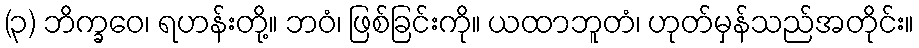
(၃) ဘိက္ခဝေ၊ ရဟန်းတို့။ ဘဝံ၊ ဖြစ်ခြင်းကို။ ယထာဘူတံ၊ ဟုတ်မှန်သည်အတိုင်း။